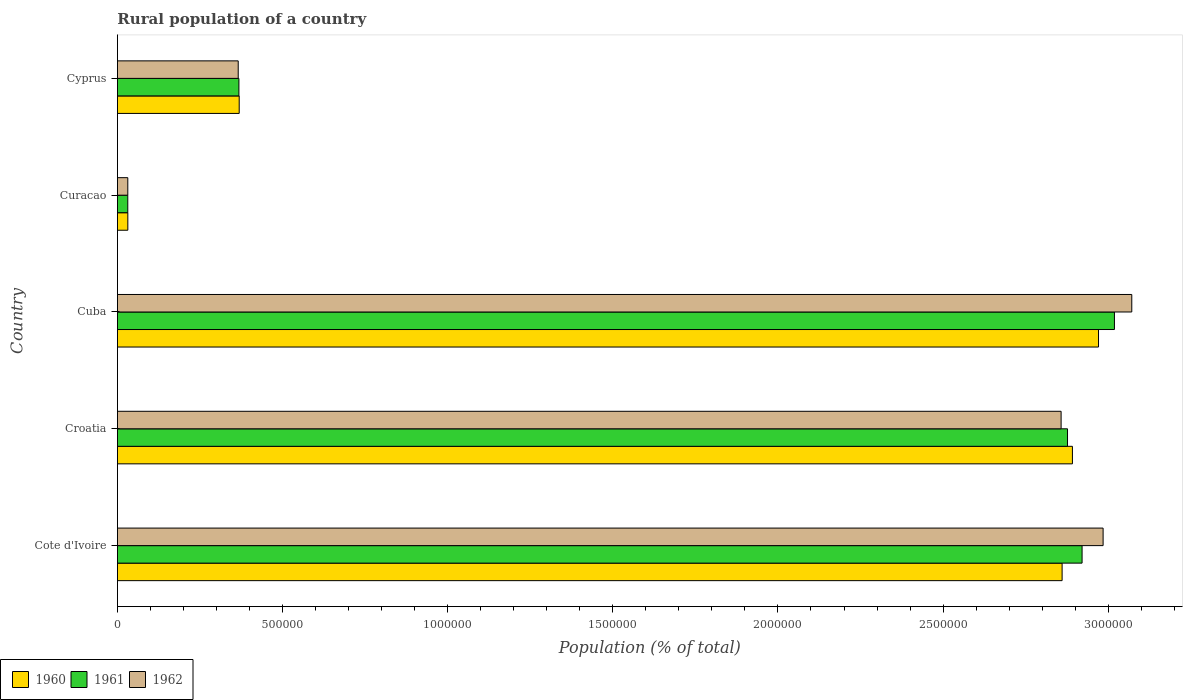
| Country | 1960 | 1961 | 1962 |
 | --- | --- | --- | --- |
 | Cote d'Ivoire | 2.86e+06 | 2.92e+06 | 2.98e+06 |
 | Croatia | 2.89e+06 | 2.88e+06 | 2.86e+06 |
 | Cuba | 2.97e+06 | 3.02e+06 | 3.07e+06 |
 | Curacao | 3.16e+04 | 3.14e+04 | 3.15e+04 |
 | Cyprus | 3.69e+05 | 3.68e+05 | 3.66e+05 |